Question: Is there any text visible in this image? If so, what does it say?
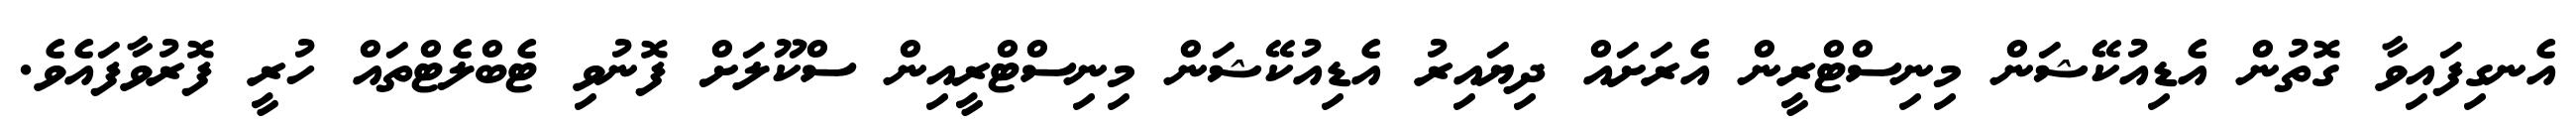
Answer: އެނގިފައިވާ ގޮތުން އެޑިއުކޭޝަން މިނިސްޓްރީން އެރަށައް ދިޔައިރު އެޑިއުކޭޝަން މިނިސްޓްރީއިން ސްކޫލަށް ފޮނުވި ޓެބްލެޓްތައް ހުރީ ފޮރުވާފައެވެ.